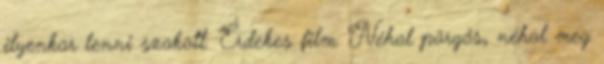
ilyenkor lenni szokott. Érdekes film. Néhol pörgős, néhol meg